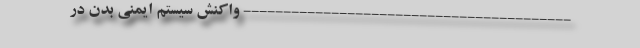
----------------------------------------- واکنش سیستم ایمنی بدن در